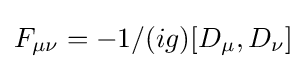
F_{\mu \nu }=-1/(ig)[D_{\mu },D_{\nu }]